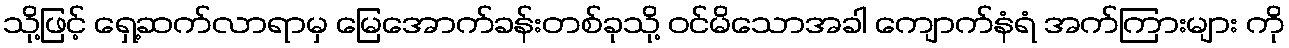
သို့ဖြင့် ရှေ့ဆက်လာရာမှ မြေအောက်ခန်းတစ်ခုသို့ ဝင်မိသောအခါ ကျောက်နံရံ အက်ကြားများ ကို